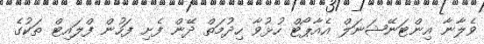
ވެލާނާ އިންޓަނޭޝަނަލް އެއާޕޯޓް ހުޅުވާ ހިދުމަތް ދޭން ފެށި ފަހުން ފްލައިޓް ތަކުގެ